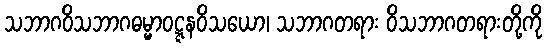
သဘာဂဝိသဘာဂဓမ္မာဝဋ္ဋနဝိသယော၊ သဘာဂတရား ဝိသဘာဂတရားတို့ကို